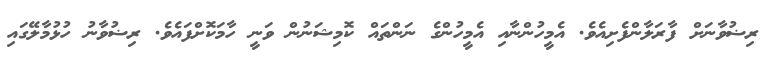
ރިޟުވާނަށް ފާރަލާންފެށިއެވެ. އެމީހުންނާއި އެމީހުންގެ ނަންތައް ކޮމިޝަނުން ވަނީ ހާމަކޮށްފައެވެ. ރިޟުވާނު ހުޅުމާލޭގައި